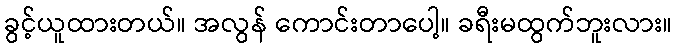
ခွင့်ယူထားတယ်။ အလွန် ကောင်းတာပေါ့။ ခရီးမထွက်ဘူးလား။